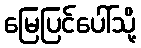
မြေပြင်ပေါ်သို့